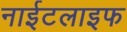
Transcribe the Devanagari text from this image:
नाईटलाइफ